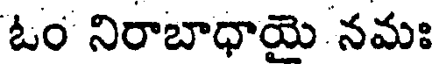
ఓం నిరాబాధాయె నమః